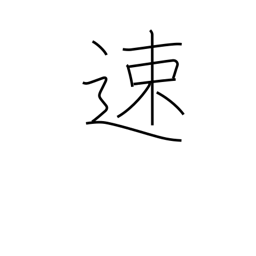
Meaning: quick